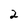
Character: 2